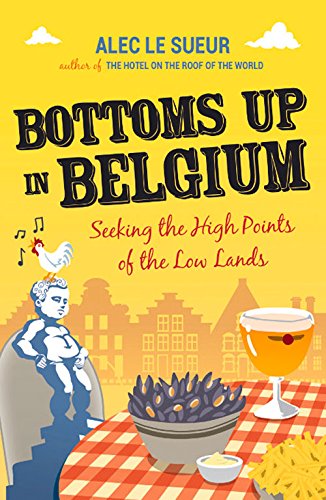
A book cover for Bottoms Up in Belgium: Seeking the High Points of the Low Land; Alec Le Sueur; Travel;